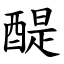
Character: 醍